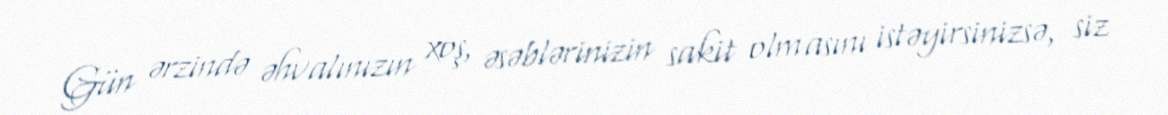
Gün ərzində əhvalınızın xoş, əsəblərinizin sakit olmasını istəyirsinizsə, siz